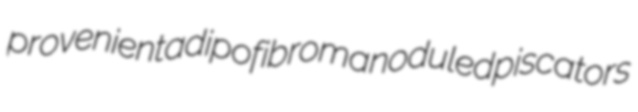
provenient adipofibroma noduled piscators